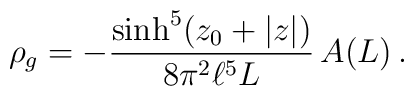
\rho_g=-\frac{\sinh^5(z_0+|z|)}{8\pi^2 \ell^5 L}\,A(L)\,.